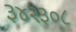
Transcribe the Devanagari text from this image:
३४२३०८